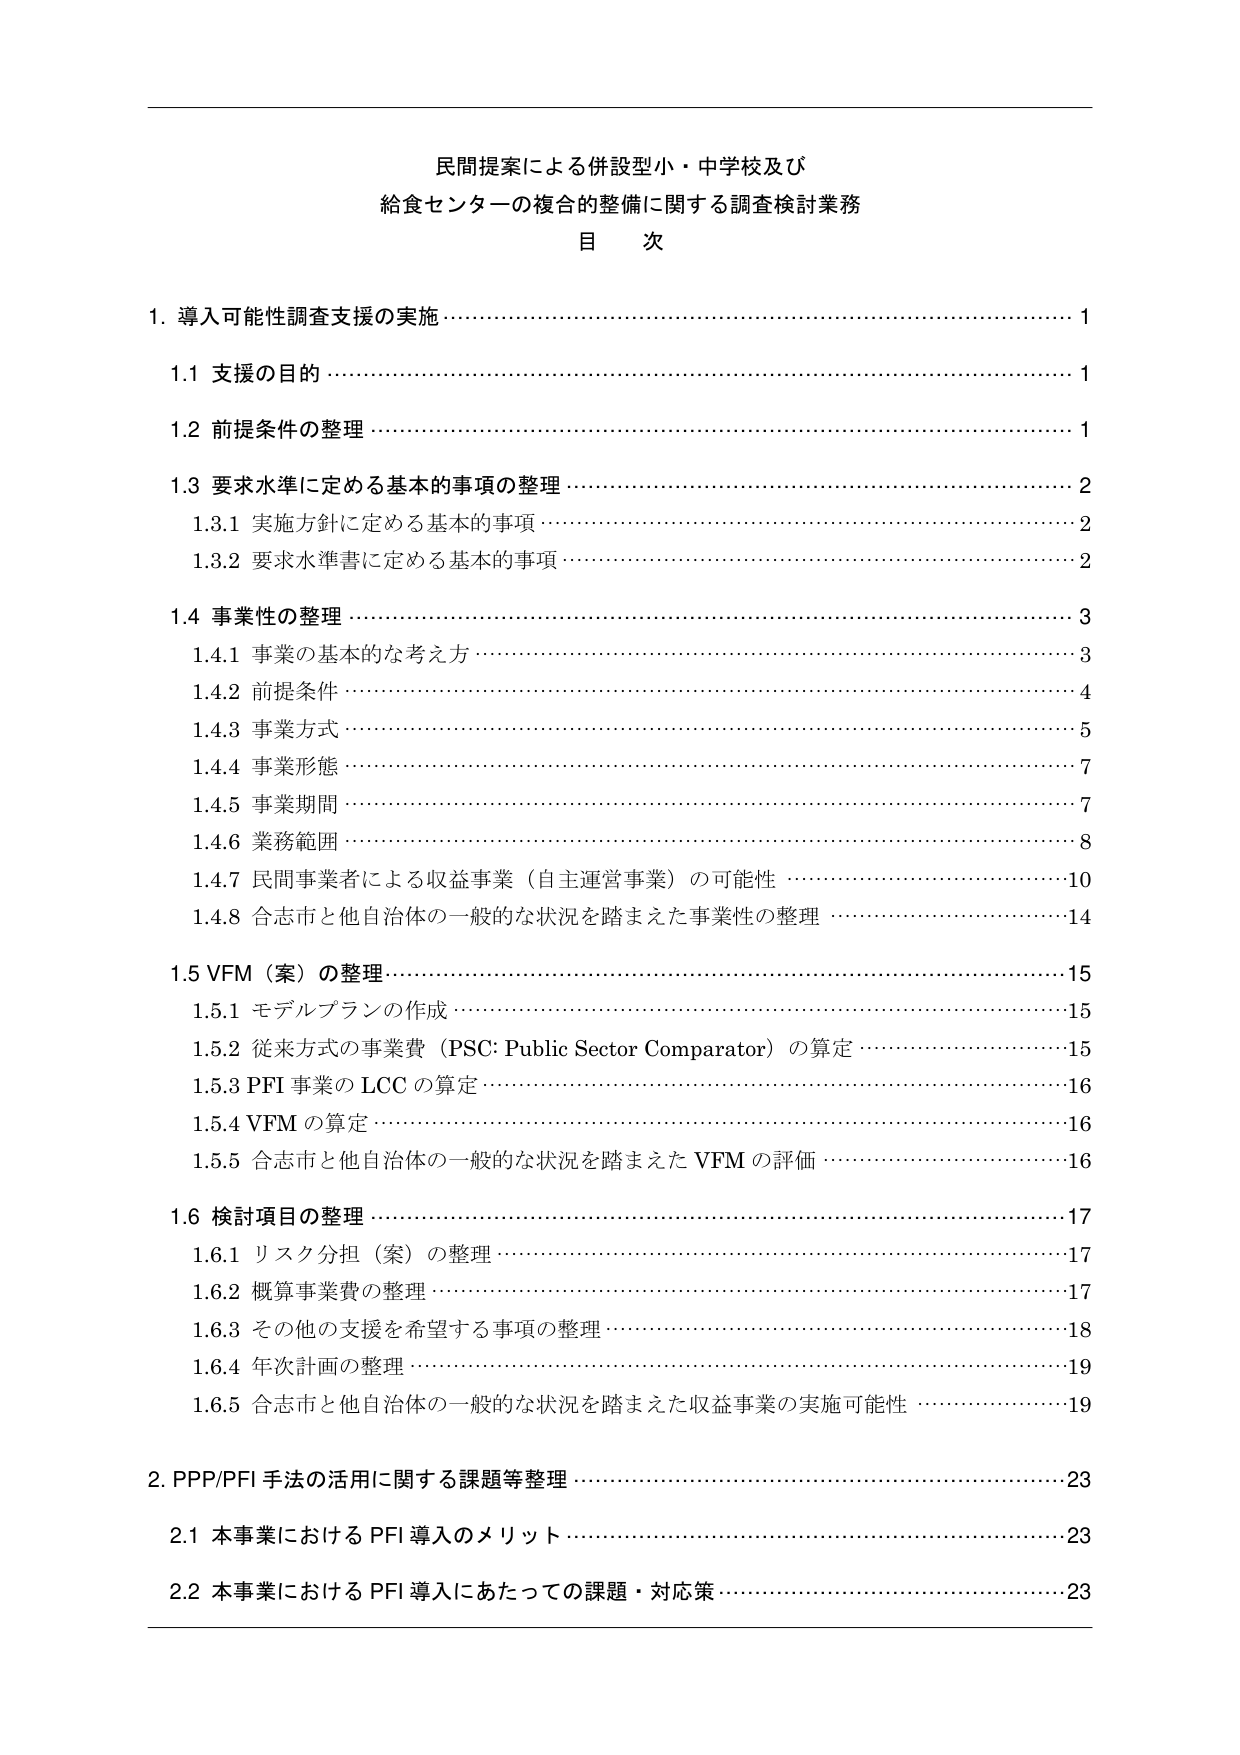
民間提案による併設型小・中学校及び
給食センターの複合的整備に関する調査検討業務
目 次

1. 導入可能性調査支援の実施 ……………………………………………………………… 1
　1.1 支援の目的 ……………………………………………………………………………… 1
　1.2 前提条件の整理 ………………………………………………………………………… 1
　1.3 要求水準に定める基本的事項の整理 ………………………………………………… 2
　　1.3.1 実施方針に定める基本的事項 …………………………………………………… 2
　　1.3.2 要求水準書に定める基本的事項 ………………………………………………… 2
　1.4 事業性の整理 ………………………………………………………………………… 3
　　1.4.1 事業の基本的な考え方 …………………………………………………………… 3
　　1.4.2 前提条件 …………………………………………………………………………… 4
　　1.4.3 事業方式 …………………………………………………………………………… 5
　　1.4.4 事業形態 …………………………………………………………………………… 7
　　1.4.5 事業期間 …………………………………………………………………………… 7
　　1.4.6 業務範囲 …………………………………………………………………………… 8
　　1.4.7 民間事業者による収益事業（自主運営事業）の可能性 ……………………… 10
　　1.4.8 合志市と他自治体の一般的な状況を踏まえた事業性の整理 ………………… 14
　1.5 VFM（案）の整理 …………………………………………………………………… 15
　　1.5.1 モデルプランの作成 ……………………………………………………………… 15
　　1.5.2 従来方式の事業費（PSC: Public Sector Comparator）の算定 ……………… 15
　　1.5.3 PFI 事業の LCC の算定 …………………………………………………………… 16
　　1.5.4 VFM の算定 ………………………………………………………………………… 16
　　1.5.5 合志市と他自治体の一般的な状況を踏まえた VFM の評価 ………………… 16
　1.6 検討項目の整理 ……………………………………………………………………… 17
　　1.6.1 リスク分担（案）の整理 ………………………………………………………… 17
　　1.6.2 概算事業費の整理 ………………………………………………………………… 17
　　1.6.3 その他の支援を希望する事項の整理 …………………………………………… 18
　　1.6.4 年次計画の整理 …………………………………………………………………… 19
　　1.6.5 合志市と他自治体の一般的な状況を踏まえた収益事業の実施可能性 ……… 19
2. PPP/PFI 手法の活用に関する課題等整理 …………………………………………… 23
　2.1 本事業における PFI 導入のメリット ……………………………………………… 23
　2.2 本事業における PFI 導入にあたっての課題・対応策 …………………………… 23